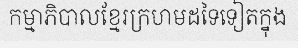
កម្មាភិបាលខ្មែរក្រហមដទៃទៀតក្នុង